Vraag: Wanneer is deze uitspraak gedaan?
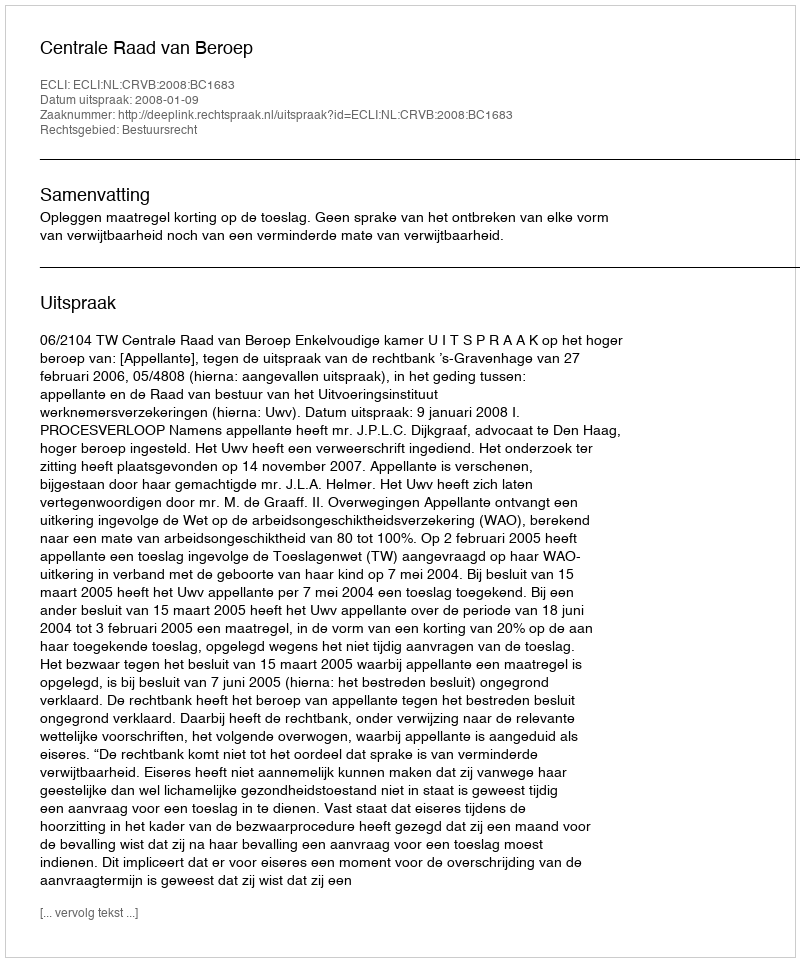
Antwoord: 2008-01-09